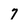
Character: 7